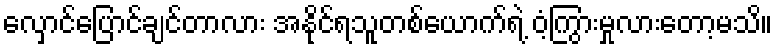
လှောင်ပြောင်ချင်တာလား အနိုင်ရသူတစ်ယောက်ရဲ့ ဝံ့ကြွားမှုလားတော့မသိ။